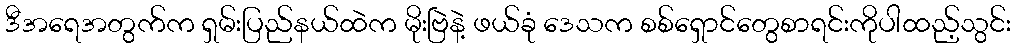
ဒီအရေအတွက်က ရှမ်းပြည်နယ်ထဲက မိုးဗြဲနဲ့ ဖယ်ခုံ ဒေသက စစ်ရှောင်တွေစာရင်းကိုပါထည့်သွင်း